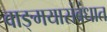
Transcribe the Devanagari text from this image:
वाङ्‌मयासंबंधात